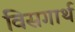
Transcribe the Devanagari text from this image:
विसगार्थ